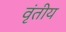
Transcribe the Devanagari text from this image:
वृंतीय